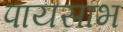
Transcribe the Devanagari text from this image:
पायसाभ